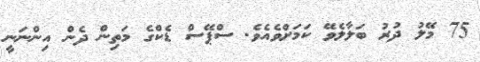
75 މޭލު ދުރު ބަލާލެވޭ ކަމަށްވެއެވެ. ސްޕޭސް ޑެކްގެ މަތިން ދެން އިންނަނީ